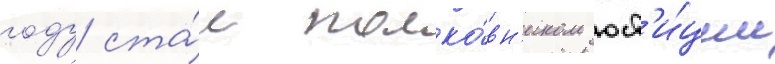
году ста́л полко́вн'иком юст'и́ции